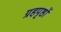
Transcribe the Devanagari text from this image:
ग्रहपृष्ठों